Report on sanitation, dispensaries, and jails in Rajputana for 1918, and on vaccination for the year 1918-1919 - 1918-1919
Year: 1918
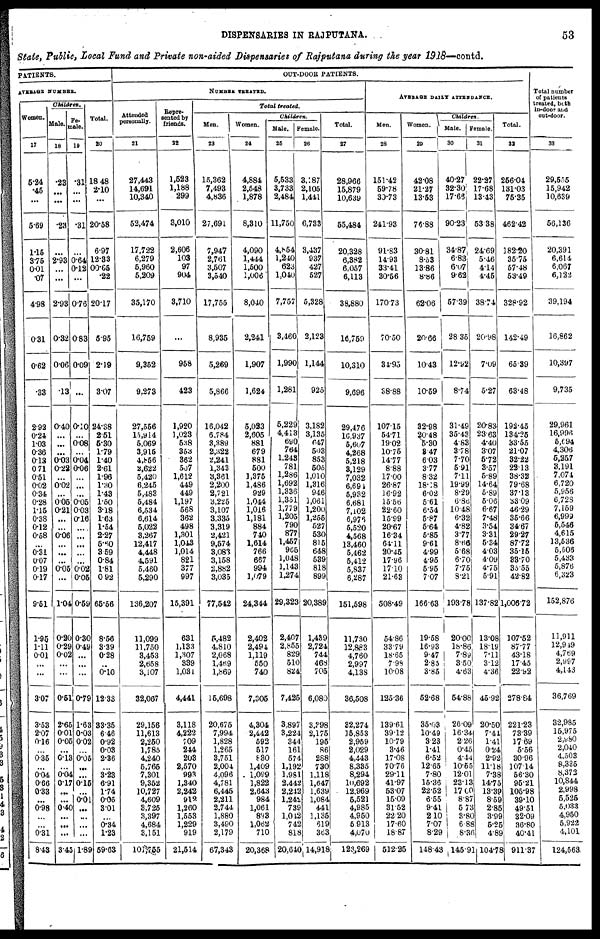
DISPENSARIES IN RAJPUTANA.
53
State, Public, Local Fund and Private non-aided Dispensaries of Rajputana during the year 1918—contd.
PATIENTS.
AVERAGE NUMBER.
Women.
17
5.24
.46
...
5.69
1.15
3.75
0.01
.07
4.98
0.31
0.62
.33
2.92
0.24
1.03
0.36
0.13
0.71
0.51
0.02
0.34
0.28
1.15
0.38
0.12
0.58
...
0.31
0.07
0.19
0.17
9.51
1.95
1.11
0.01
...
...
3.07
3.63
2.07
0.16
...
0.35
...
0.04
0.66
0.33
...
0.98
...
...
0.31
8.43
Children.
Male.
18
.23
...
...
.28
... 2.93
...
...
2.93
0.32
0.06
13
0.40
...
...
...
0.03
0.22
...
0.02
...
0.05
0.21
...
...
0.06
...
...
...
0.05
...
1.04
0.20
0.29
0.02
...
...
0.51
2.65
0.01
0.05
...
0.13
...
0.04
0.17
...
...
0.40
...
...
...
3.45
Fe¬
male.
19
.31
...
...
.31
... 0.64
0.12
...
0.76
0.83
0.09
...
0.10
...
0.08
...
0.04
0.06
...
...
...
0.05
0.03
0.16
...
...
...
...
...
0.02
0.05
0.59
0.30
0.49
...
...
...
0.79
1.63
0.03
0.02
...
0.05
...
...
0.15
...
0.01
...
...
...
...
1.89
Total.
20
18.48
2.10
...
20.58
6.97
12.33
00.65
.22
20.17
5.95
2.19
3.07
24.38
2.51
5.30
1.79
1.40
2.61
1.96
1.30
1.43
1.50
3.18
1.63
1.54
2.27
5.60
3.59
0.84
1.81
0.92
65.56
8.56
3.39
0.28
...
0.10
12.33
33.35
6.48
0.92
0.03
2.36
...
3.23
6.91
1.74
0.05
3.01
...
0.34
1.23
59.63
OUT-DOOR PATIENTS.
NUMBER TREATED.
Attended
personally.
21
27,443
14,691
10,340
52,474
17,722
6,279
5,960
5,209
35,170
16,759
9,352
9,273
27,556
15,914
5,069
3,915
4,856
2,622
5,420
6,245
5,483
5,484
6,534
6,614
5,022
3,267
12,417
4,448
4,591
5,460
5,290
136,207
11,099
11,750
3,453
2,658
3,107
32,067
29,156
11,613
2,250
1,785
4,240
5,765
7,301
9,352
10,727
4,609
3,725
3,397
4,684
3,151
101,755
Repre-
sented by
friends.
22
1,523
1,188
299
3,010
2,606
103
97
904
3,710
...
958
423
1,920
1,023
538
353
362
507
1,612
449
449
1,197
568
362
498
1,301
1,043
1,014
821
377
997
15,391
631
1,133
1,307
339
1,031
4,441
3,118
4,222
709
244
203
2,570
993
1,340
2,242
912
1,260
1,553
1,229
919
21,514
Total treated.
Men.
23
15,362
7,493
4,836
27,691
7,947
2,761
3,507
3,540
17,755
8,935
5,269
5,866
16,042
6,784
3,389
2,322
2,241
1,343
3,361
2,200
2,721
3,225
3,107
3,335
3,319
2,421
9,574
3,083
3,158
2,882
3,035
77,542
5,482
4,810
2,068
l,469
1,869
15,698
20,675
7,994
1,828
1,265
3,751
2,004
4,096
4,781
6,445
2,211
2,744
1,880
3,490
2,179
67,343
Women.
24
4,884
2,548
1,878
8,310
4,090
1,444
1,500
1,006
8,040
2,241
1,907
1,624
5,023
2,605
881
679
881
500
1,375
1,486
929
1,044
1,016
1,181
884
740
1,614
766
667
994
1,079
24,344
2,402
2,494
1,119
550
740
7,305
4,304
2,442
592
517
830
1,409
1,099
1,822
2,643
984
1,061
893
1,062
710
20,368
Children.
Male.
25
5,533
3,733
2,484
11,750
4,854
1,240
623
1,040
7,757
3,460
1,990
1,281
5,229
4,413
690
764
1,243
781
1,286
1,692
1,336
1,351
1,779
1,205
790
877
1,467
965
1,048
1,143
1,274
29,323
2,407
2,855
829
510
824
7,425
3,897
3,224
344
161
574
1,192
1,981
2,442
2,242
1,242
739
1,042
742
818
20,640
Female
26
3,187
2,105
1,441
6,733
3,437
937
427
527
5,328
2,123
1,144
925
3,182
3,135
647
503
853
505
1,010
1,316
946
1,061
1,200
1,255
527
530
815
648
539
818
899
20,389
1,439
2,724
744
468
705
6,080
3,398
2,175
195
86
288
730
1,118
1,647
1,639
1,084
441
1,135
619
363
14,918
Total.
27
28,966
15,879
10,639
55,484
20,328
6,382
6,057
6,113
38,880
16,759
10,310
9,696
29,476
16,937
5,607
4,268
5,218
3,129
7,032
6,694
5,932
6,681
7,102
6,976
5,520
4,568
13,460
5,462
5,412
5,837
6,287
151,598
11,730
12,883
4,760
2,997
4,138
36,508
32,274
15,853
2,959
2,029
4,443
8,335
8,294
10 ,692
12,969
5,521
4,985
4,950
5,913
4,070
123,269
AVERAGE DAILY ATTENDANCE.
Men.
28
151.42
59.78
30.73
241.93
91.83
14.93
33.41
30.56
170.73
70.50
34.95
38.88
107.15
54.71
19.02
10.75
14.77
8.88
17.00
26.87
16.92
15.56
22.60
15.99
20.67
16.34
64.11
20.45
17.96
17.10
21.68
508.49
54.86
33.79
18.65
7.98
10.08
125.36
139.61
39.12
10.79
3.46
17.08
70.76
29.11
41.97
53.07
15.09
31.52
22.20
17.60
18.87
512.25
Women. .
2 9
42.08
21.27
13.53
76.88
30.81
8.53
13.86
8.86
62.06
20.66
10.43
10.59
32.98
20.48
5.30
3.47
6.03
3.77
8.32
18.18
6.02
5.61
6.54
5.87
5.64
5.85
9.61
4.99
4.95
5.95
7.07
166.63
19.58
16.93
9.47
2.85
3.85
52.68
35.03
10.49
3.23
1.41
6.52
12.65
7.80
15.36
22.52
6.55
9.41
2.10
7.07
8.29
148.43
Children.
Male.
30
40.27
32.30
17.66
90.23
34.87,
6.83
6.07
9.62
57.39
28.35
12.92
8.74
31.49
35.43
4.83
3.78
7.70
5.91
7.11
19.99
8.29
6.86
10.48
6.32
4.82
3.77
8.66
5.68
6.70
7.75
8.21
193.78
20.00
18.86
7.89
3.50
4.63
54.88
26.09
16.34
2.26
0.45
4.44
10.55
12.01
23.13
17.00
8.87
5.73
3.80
6.88
8.36
145.91
Female.
31
22.27
17.68
13.43
53.38
24.69
5.46
4.14
4.45
38.74
20.98
7.09
5.27
20.83
23.63
4.40
3.07
5.72
3.57
5.89
14.64
5.89
5.06
6.67
7.48
3.54
3.31
5.34
4.03
4.09
4.75
5.91
137.82
13.08
18.19
7.11
3.12
4.36
45.92
20.50
7.44
1.41
0.24
2.92
11.18
7.38
14.75
13.39
8.59
2.85
3.99
5.25
4.89
104.78
Total.
32
256.04
131.03
75.35
462.42
182.20
35.75
57.48
53.49
328.92
142.49
65.39
63.48
192.45
134.25
33.55
21.07
32.22
22.13
38.32
79.68
37.13
33.09
46.29
35.66
34.67
29.27
87.72
35.15
33.70
35.55
42.82
1,006.72
107.52
87.77
43.18
17.45
22.92
278.84
221.23
73.39
17.69
5.56
30.96
107.14
56.30
95.21
105.98
39.10
49.51
32.09
36.80
40.41
911.37
Total number
of patients
treated, both
in-door and
out-door.
33
29,555
15,942
10,639
56,136
20,391
6,614
6,067
6,122
39,194
16,862
10,397
9,735
29,961
16,996
5,694
4,306
5,257
3,191
7,074
6,720
5,956
6,728
7,159
6,999
5,546
4,615
13,536
5,506
5,433
5,876
6,323
152,876
11,911
12,949
4,769
2,997
4,143
36,769
32,985
15,975
2,980
2,040
4,503
8,335
8,372
10,844
2,998
5,525
5,033
4,950
5,922
4,101
124,563